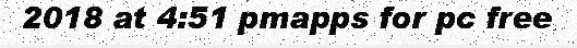
2018 at 4:51 pmapps for pc free